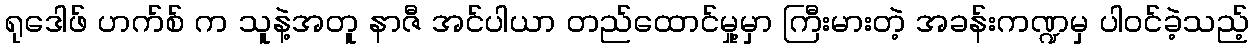
ရုဒေါဖ် ဟက်စ် က သူနဲ့အတူ နာဇီ အင်ပါယာ တည်ထောင်မှု့မှာ ကြီးမားတဲ့ အခန်းကဏ္ဍမှ ပါဝင်ခဲ့သည့်